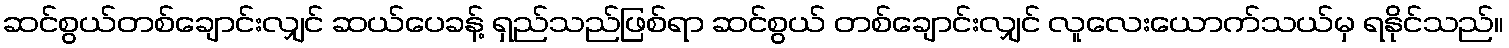
ဆင်စွယ်တစ်ချောင်းလျှင် ဆယ်ပေခန့် ရှည်သည်ဖြစ်ရာ ဆင်စွယ် တစ်ချောင်းလျှင် လူလေးယောက်သယ်မှ ရနိုင်သည်။